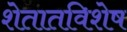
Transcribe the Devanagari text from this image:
शेतातविशेष